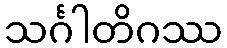
သင်္ဂါတိဂဿ